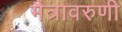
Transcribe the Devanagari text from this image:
मैत्रावरुणी